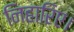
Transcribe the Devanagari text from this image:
निहारिए।